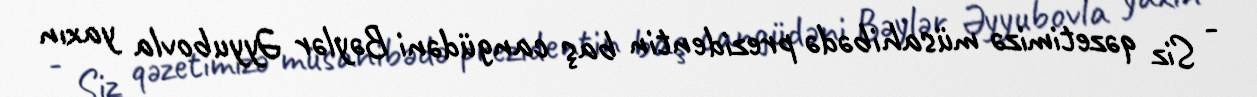
- Siz qəzetimizə müsahibədə prezidentin baş cangüdəni Bəylər Əyyubovla yaxın